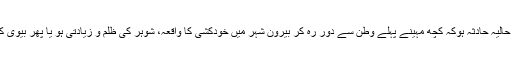
شہر بھٹکل کے جالی روڈ میں پیش آیا حالیہ حادثہ ہوکہ کچھ مہینے پہلے وطن سے دور رہ کر بیرون شہر میں خودکشی کا واقعہ، شوہر کی ظلم و زیادتی ہو یا پھر بیوی کا سوتیلے بچوں کے ساتھ سوتیلا رویہ۔